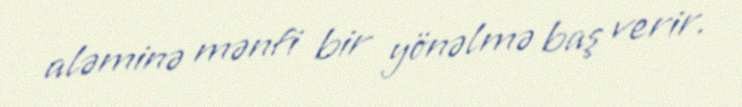
aləminə mənfi bir yönəlmə baş verir.